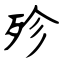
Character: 殄